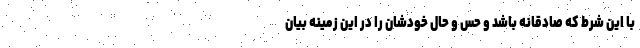
با این شرط که صادقانه باشد و حس و حال خودشان را در این زمینه بیان